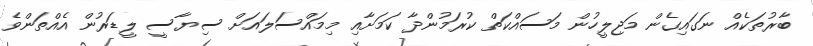
ބާރުތަކެއް ނަގައިގެން މަޖިލީހުން މަސައްކަތް ކުރަމުންދާ ކަމަށާއި މިމައްސަލައަށް ސިޔާސީ ލީޑަރުން އެއްތަންވެ